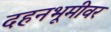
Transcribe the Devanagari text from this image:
दहनभूमीवर